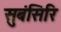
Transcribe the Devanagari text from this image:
सुबंसिरि